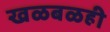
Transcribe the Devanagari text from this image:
खळबळही